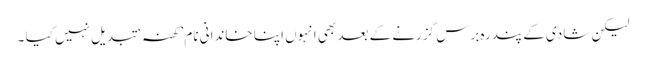
لیکن شادی کے پندرہ برس گزرنے کے بعد بھی انہوں اپنا خاندانی نام ’کھنہ ‘ تبدیل نہیں کیا ۔